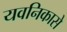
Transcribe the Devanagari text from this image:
यवनिकासे